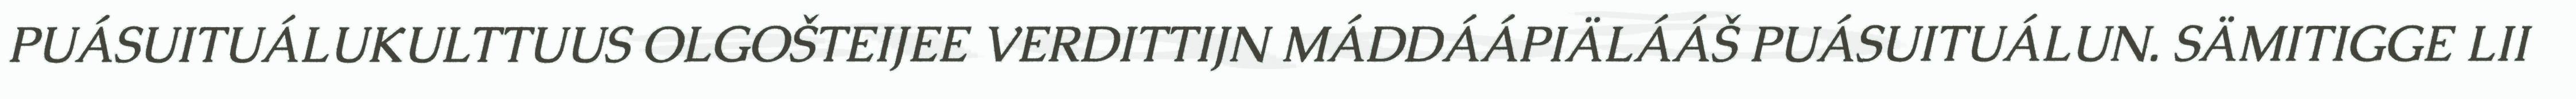
PUÁSUITUÁLUKULTTUUS OLGOŠTEIJEE VERDITTIJN MÁDDÁÁPIÄLÁÁŠ PUÁSUITUÁLUN. SÄMITIGGE LII